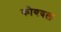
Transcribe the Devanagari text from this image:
कोयबल